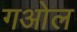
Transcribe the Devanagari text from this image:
गओल